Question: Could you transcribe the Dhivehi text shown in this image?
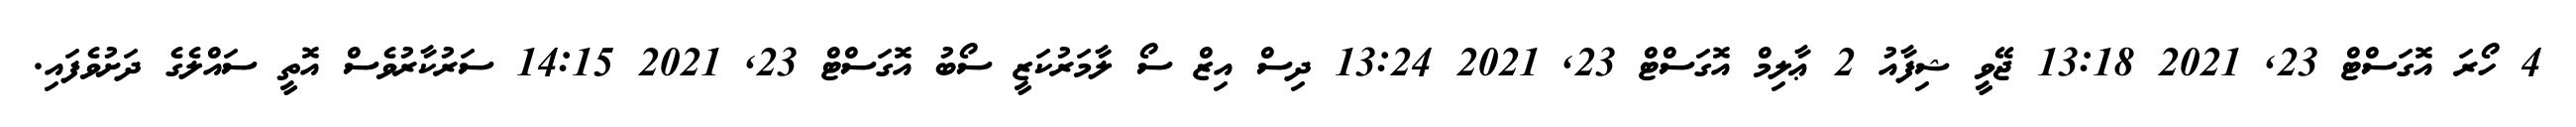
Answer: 4 ހޯރަ އޮގަސްޓް 23, 2021 13:18 ޖޭވީ ޝިފާއު 2 ޢާލިމް އޮގަސްޓް 23, 2021 13:24 ދިސް އިޒް ސޯ ލާމަރުކަޒީ ސޯބު އޮގަސްޓް 23, 2021 14:15 ސަރުކާރުވެސް އޮތީ ސައްލެގެ ދަށުވެފައި.